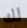
لك